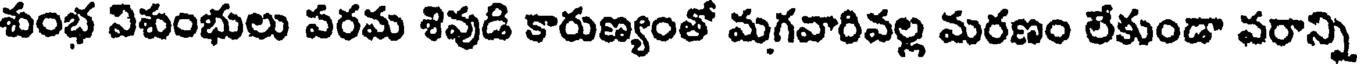
శుంభ విశుంభులు పరమ శివుడి కారుణ్యంతో మగవారివల్ల మరణం లేకుండా వరాన్ని